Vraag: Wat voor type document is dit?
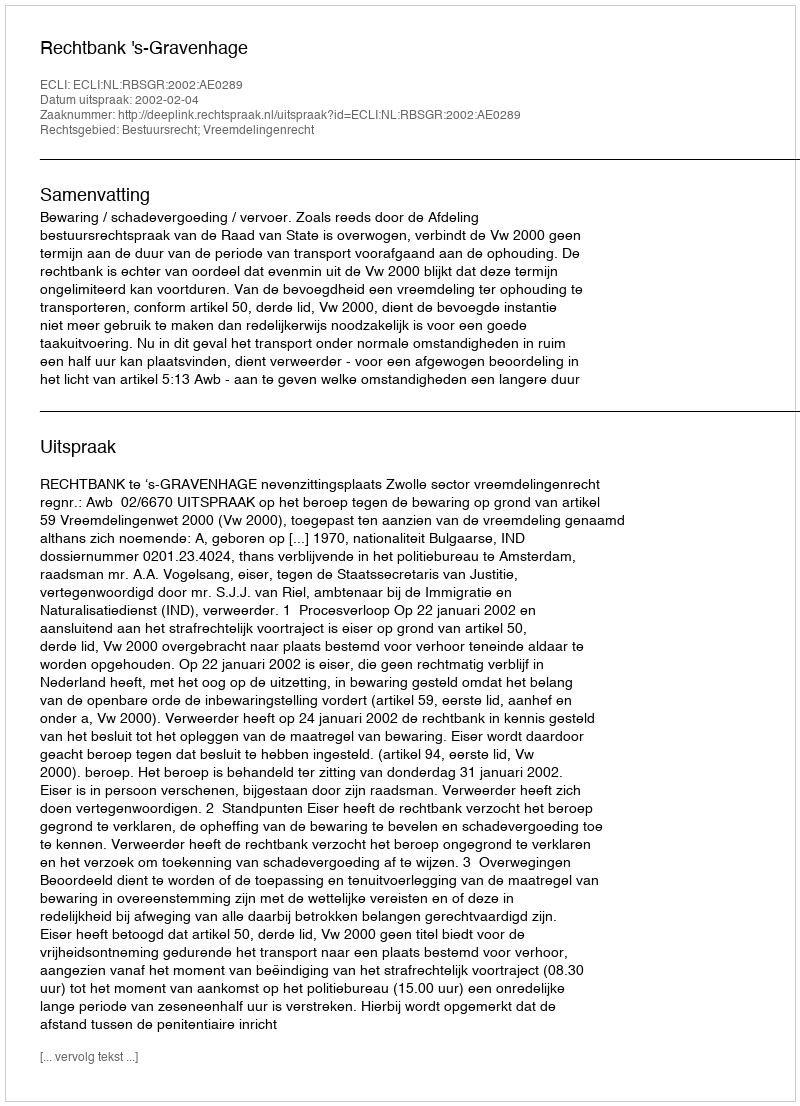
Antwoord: Uitspraak